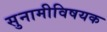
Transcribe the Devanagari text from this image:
सुनामीविषयक